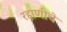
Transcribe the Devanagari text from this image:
रहाणीचे